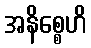
အနိစ္စေဟိ